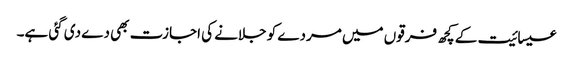
عیسائیت کے کچھ فرقوں میں مردے کو جلانے کی اجازت بھی دے دی گئی ہے۔